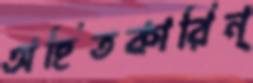
অহিতকারিন্